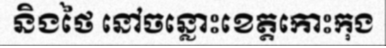
និងថៃ នៅចន្លោះខេត្តកោះកុង